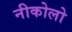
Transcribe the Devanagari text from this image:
नीकोलो